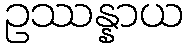
ဥဿန္နာယ